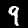
Label: 9